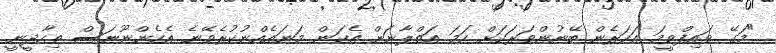
"މަގޭ ވައިފްވީމަ އަހަރެން ބޭނުންވަރަކަށް ހަމަ އަތްލާނަން އެކަން މަނައެއްނުކުރެވޭނެ އެހެންނޫނަސް ތިހާދީނީ